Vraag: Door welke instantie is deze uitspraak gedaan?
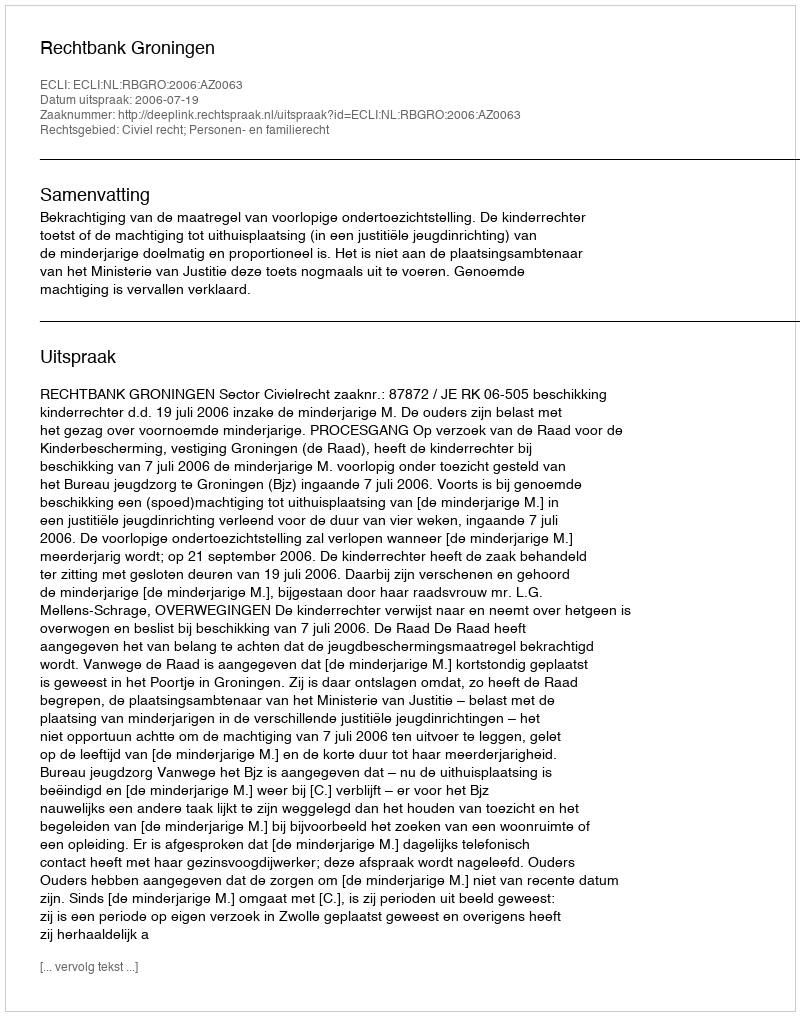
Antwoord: Rechtbank Groningen